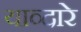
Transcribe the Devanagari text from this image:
याव्दारे